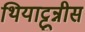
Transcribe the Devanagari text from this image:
थियाट्टून्नीस